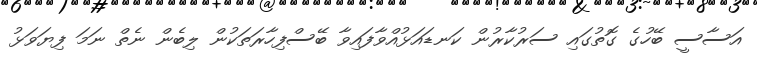
އަސާސީ ބޭހުގެ ގޮތުގައި ސަރުކާރުން ކަނޑައަޅުއްވާފައިވާ ބޭސްފިހާރަތަކުން ލިބެން ނެތް ނަމަ ފިޔަވަޅު